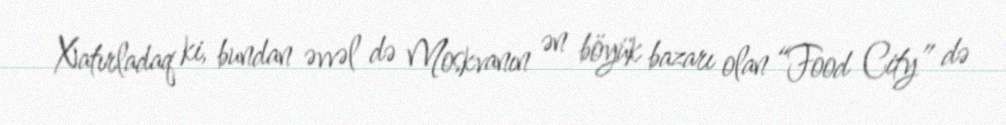
Xatırladaq ki, bundan əvvəl də Moskvanın ən böyük bazarı olan “Food City” də